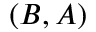
( B , A )